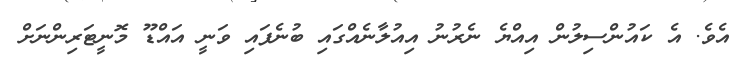
އެވެ. އެ ކައުންސިލުން އިއްޔެ ނެރުނު އިއުލާނެއްގައި ބުނެފައި ވަނީ އައްޑޫ މޮނީޓަރިންނަށް